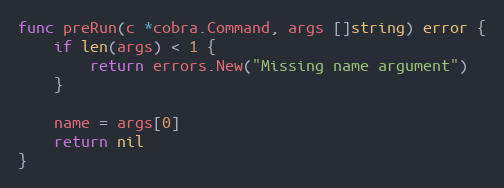
Language: Go
func preRun(c *cobra.Command, args []string) error {
	if len(args) < 1 {
		return errors.New("Missing name argument")
	}

	name = args[0]
	return nil
}